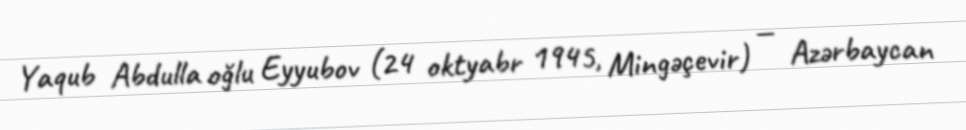
Yaqub Abdulla oğlu Eyyubov (24 oktyabr 1945, Mingəçevir) — Azərbaycan